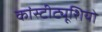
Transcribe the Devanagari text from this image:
कांस्टीट्यूशियो